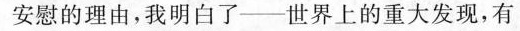
安慰的理由，我明白了--世界上的重大发现，有